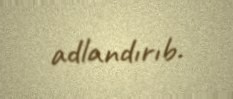
adlandırıb.